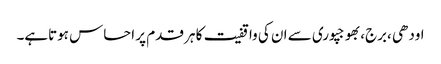
اودھی ،برج،بھوجپوری سے ان کی واقفیت کا ہر قدم پر احساس ہوتاہے۔